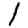
Digit: 1